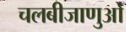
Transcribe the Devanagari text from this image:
चलबीजाणुओं